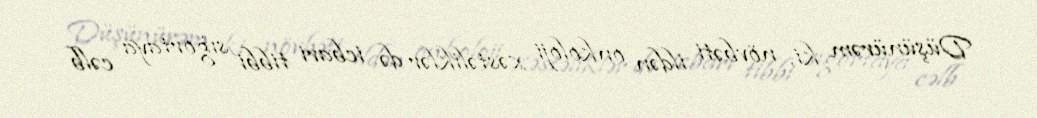
Düşünürəm ki, növbəti ildən onkoloji xəstəliklər də icbari tibbi sığortaya cəlb